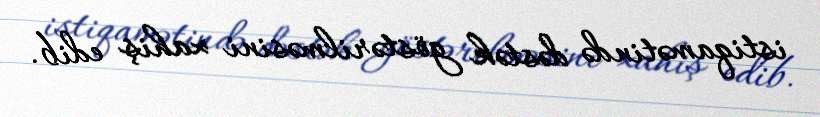
istiqamətində dəstək göstərilməsini xahiş edib.